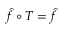
{ \hat { f } } \circ T = { \hat { f } }